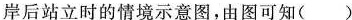
岸后站立时的情境示意图，由图可知( )